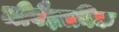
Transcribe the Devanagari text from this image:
जीवैज्ञानिक